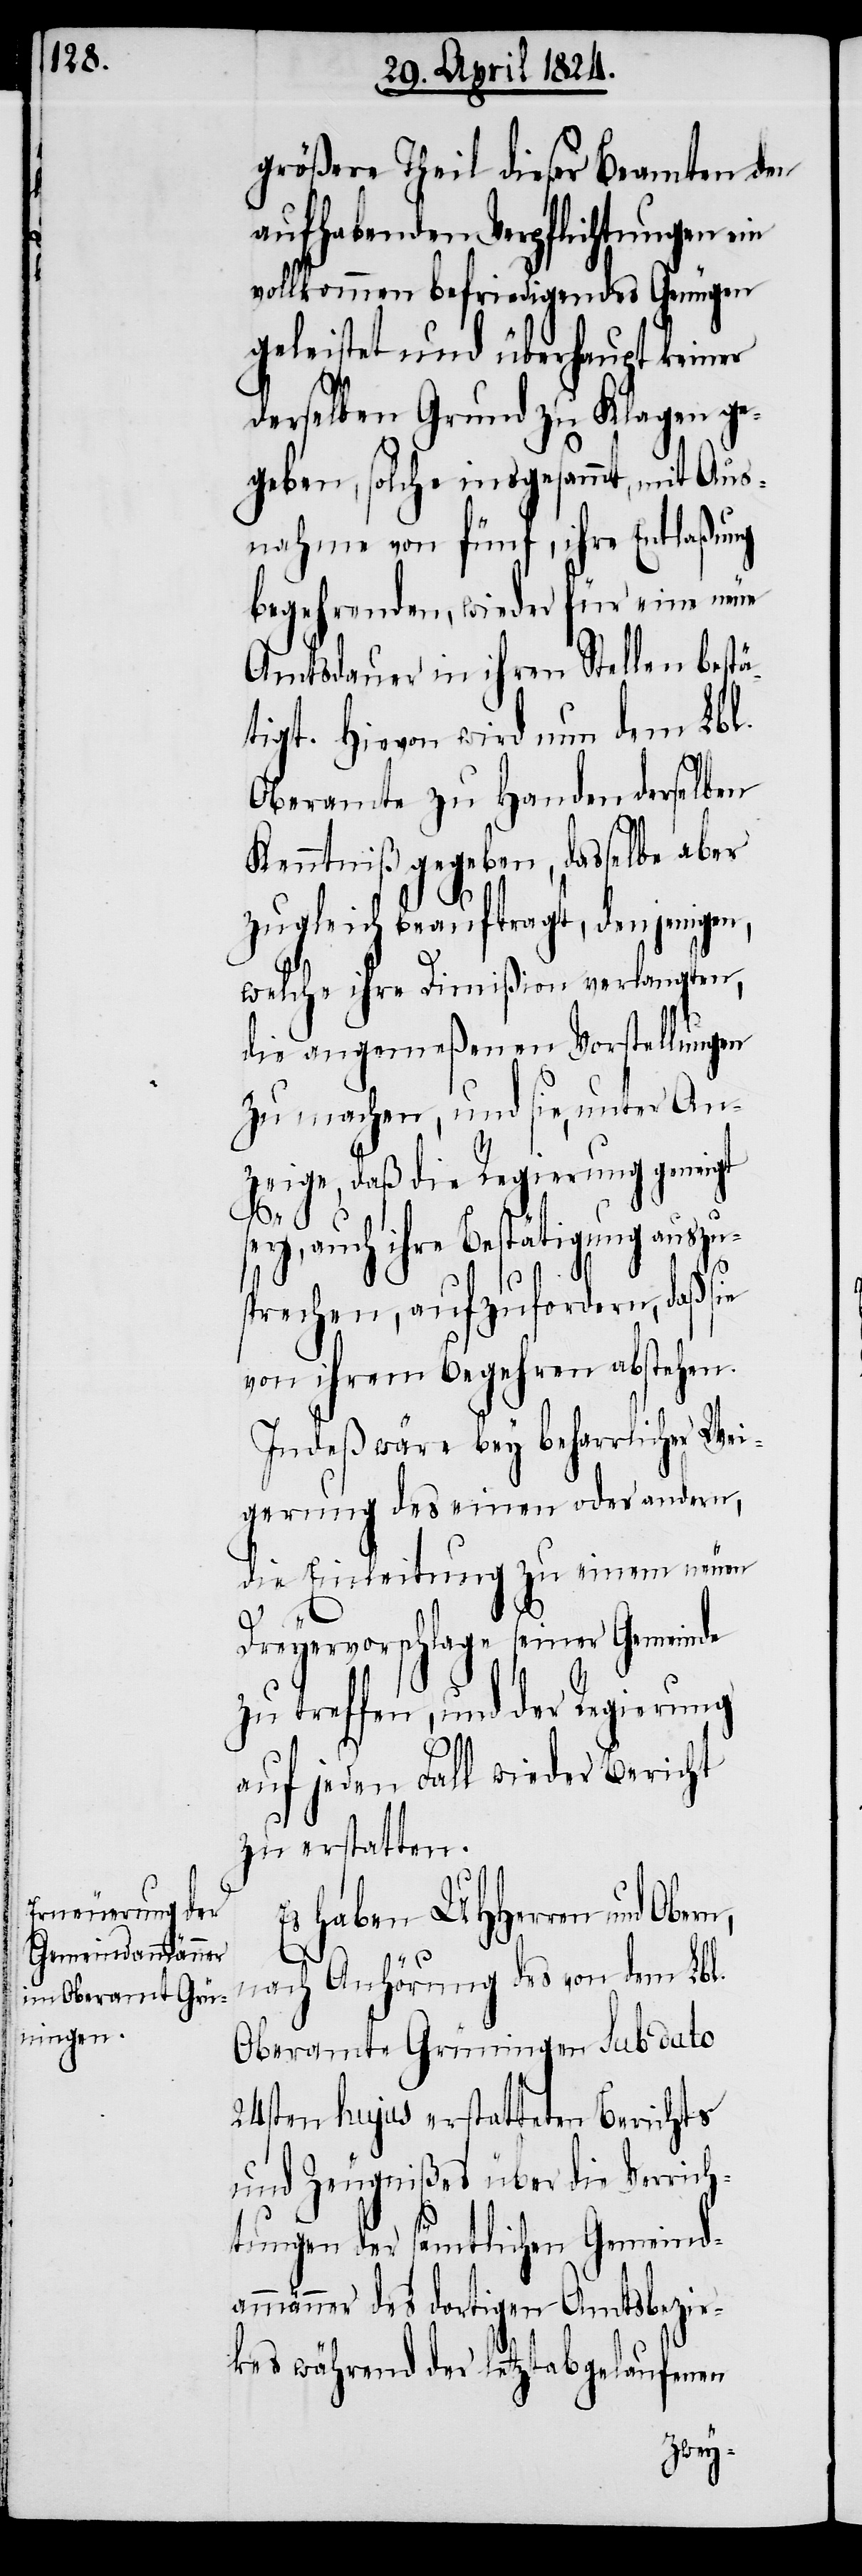
größere Theil dieser Beamten den
aufhebenden Verpflichtungen ein
vollkommen befriedigendes Genügen
geleistet und überhaupt keiner
derselben Grund zu Klagen ge¬
geben, solche insgesammt, mit Aus¬
nahme von fünf, ihre Entlaßung
begehrenden, wieder für eine neue
Amtsdauer in ihren Stellen bestä¬
tigt. Hievon wird nun dem Lbl.
Oberamte zu Handen derselben
Kenntniß gegeben, dasselbe aber
zugleich beauftragt, denjenigen,
welche ihre Dimißion verlangten,
die angemeßenen Vorstellungen
zu machen, und sie, unter An¬
zeige, daß die Regierung geneigt
sey, auch ihre Bestätigung auszu¬
sprechen, aufzufordern, daß sie
von ihrem Begehren abstehen.
Indeß wäre bey beharrlicher Wei¬
gerung des einen oder andern,
die Einleitung zu einem neuen
Dreyervorschlage seiner Gemeinde
zu treffen, und der Regierung
auf jeden Fall wieder Bericht
zu erstatten.
Es haben UHHerren und
nach Anhörung des von dem Lbl.
Oberamte Grüningen sub dato
24sten hujus erstatteten Berichts
und Zeugnißes über die Verrich¬
tungen der sämtlichen Gemeind¬
ammänner des dortigen Amtsbezir¬
kes während der letztabgelaufenen